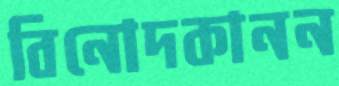
বিনোদকানন